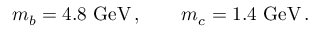
m _ { b } = 4 . 8 ~ \mathrm { G e V } \, , \qquad m _ { c } = 1 . 4 ~ \mathrm { G e V } \, .